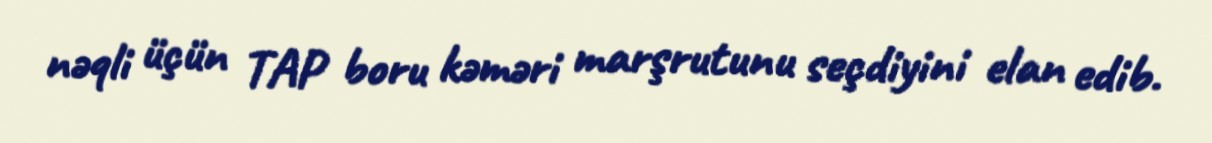
nəqli üçün TAP boru kəməri marşrutunu seçdiyini elan edib.